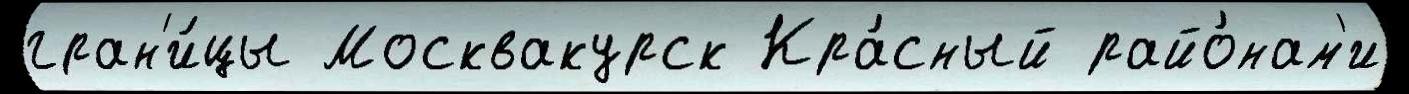
гран'и́цы Москвакурск Кра́сный райо́нам'и